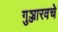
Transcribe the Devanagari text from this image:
गुञ्जारवचे